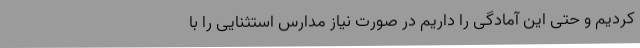
کردیم و حتی این آمادگی را داریم در صورت نیاز مدارس استثنایی را با